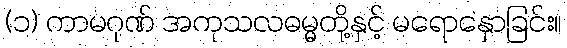
(၁) ကာမဂုဏ် အကုသလဓမ္မတို့နှင့် မရောနှောခြင်း။